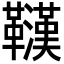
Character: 𲊠